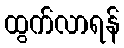
ထွက်လာရန်